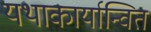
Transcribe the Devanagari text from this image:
यथाकार्यान्वित